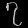
Digit: ၇